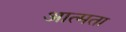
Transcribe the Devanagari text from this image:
आत्मता